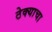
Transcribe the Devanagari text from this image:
ठेक्याचा